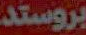
بروستد